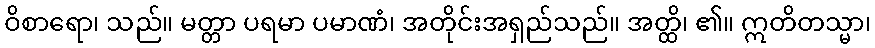
ဝိစာရော၊ သည်။ မတ္တာ ပရမာ ပမာဏံ၊ အတိုင်းအရှည်သည်။ အတ္ထိ၊ ၏။ ဣတိတသ္မာ၊